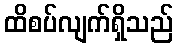
ထိစပ်လျက်ရှိသည်